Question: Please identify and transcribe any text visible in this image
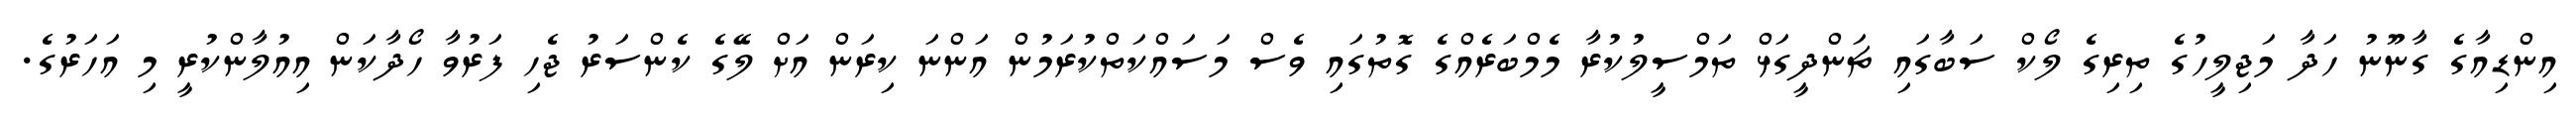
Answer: އިންޑިއާގެ ގާނޫނު ހަދާ މަޖިލީހުގެ ތިރިގެ ލޯކް ސަބާގައި ޗަންދީގަޅް ތަމްސީލުކުރާ މެމްބަރެއްގެ ގޮތުގައި ވެސް މަސައްކަތްކުރަމުން އަންނަ ކިރަން އަށް ލޭގެ ކެންސަރު ޖެހި ފަރުވާ ހޯދާކަން އިއުލާންކުރީ މި އަހަރުގެ.